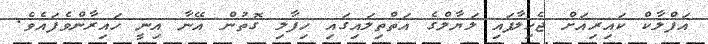
އަފްލާކް ކައިރިއަށް ޖެހިލާފައި ލަޔާލްގެ އަތްތިލައިގައި ހިފާލި ގޮތުން އޭނާ އިނީ ހައިރާންވެފައެވެ.